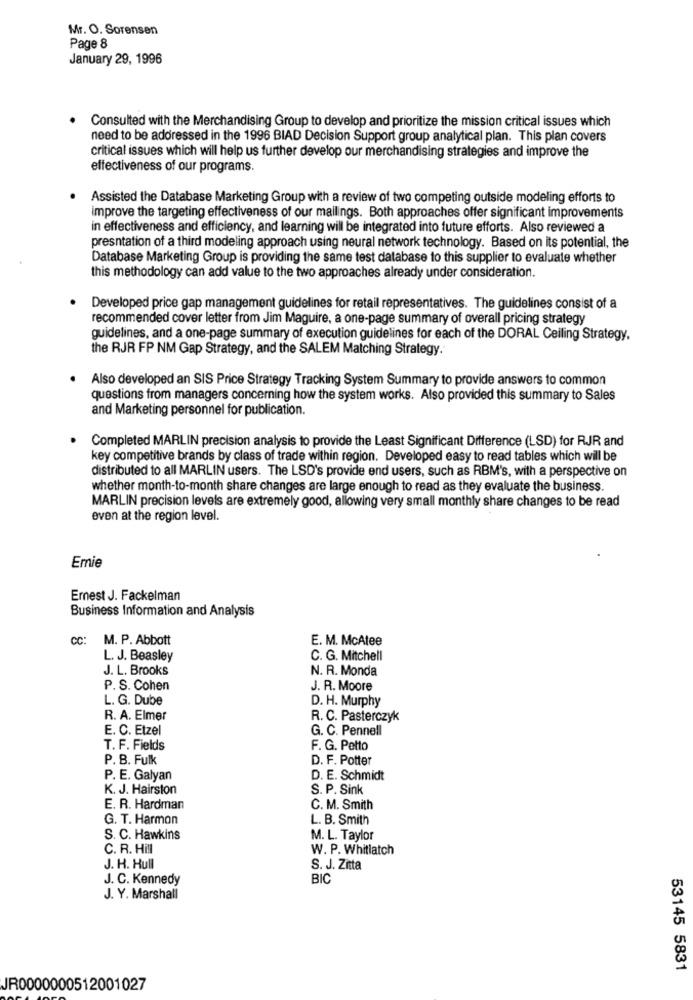
Mr. O. Sorensen
Page 8
January 29, 1996
Consulted with the Merchandising Group to develop and prioritize the mission critical issues which
need to be addressed in the 1996 BIAD Decision Support group analytical plan. This plan covers
critical issues which will help us further develop our merchandising strategies and improve the
effectiveness of our programs.
Assisted the Database Marketing Group with a review of two competing outside modeling efforts to
improve the targeting effectiveness of our mailings. Both approaches offer significant improvements
in effectiveness and efficiency, and learning will be integrated into future efforts. Also reviewed a
presntation of a third modeling approach using neural network technology. Based on its potential, the
Database Marketing Group is providing the same test database to this supplier to evaluate whether
this methodology can add value to the two approaches already under consideration.
Developed price gap management guidelines for retail representatives. The guidelines consist of a
recommended cover letter from Jim Maguire, a one-page summary of overall pricing strategy
guidelines, and a one-page summary of execution guidelines for each of the DORAL Ceiling Strategy.
the RJR FP NM Gap Strategy, and the SALEM Matching Strategy.
Also developed an SIS Price Strategy Tracking System Summary to provide answers to common
questions from managers concerning how the system works. Also provided this summary to Sales
and Marketing personnel for publication.
Completed MARLIN precision analysis to provide the Least Significant Difference (LSD) for RJR and
key competitive brands by class of trade within region. Developed easy to read tables which will be
distributed to all MARLIN users. The LSD's provide end users, such as RBM's, with a perspective on
whether month-to-month share changes are large enough to read as they evaluate the business.
MARLIN precision levels are extremely good, allowing very small monthly share changes to be read
even at the region level.
Emie
Ernest J. Fackelman
Business Information and Analysis
CC:
M. P. Abbott
E. M. McAtee
L. J. Beasley
C. G. Mitchell
J. L. Brooks
N. R. Monda
P. S. Cohen
J. R. Moore
L. G. Dube
D. H. Murphy
R. A. Elmer
R. C. Pasterczyk
E. C. Etzel
G. C. Pennell
T. F. Fields
F. G. Petto
P. B. Fulk
D. F. Potter
P. E. Galyan
D. E. Schmidt
K. J. Hairston
S. P. Sink
E. R. Hardman
C. M. Smith
G. T. Harmon
L. B. Smith
S. C. Hawkins
M. L. Taylor
C. R. Hill
W. P. Whitlatch
J. H. Hull
S. J. Zitta
J. C. Kennedy
BIC
J. Y. Marshall
53145 5831
JR0000000512001027